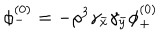
\begin{array} { c } { { \phi _ { - } ^ { ( 0 ) } = - \rho ^ { 3 } \gamma _ { \bar { x } } \gamma _ { \bar { y } } \phi _ { + } ^ { ( 0 ) } } } \\ \end{array}